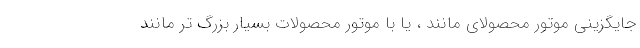
جایگزینی موتور محصولای مانند ، یا با موتور محصولات بسیار بزرگ تر مانند